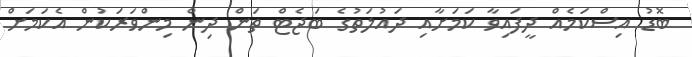
ބޮޑު އިސްކަމެއް ދީފައިވާ ކަމަށާއި ދައުލަތުގެ ބަޖެޓް ތަން ދިން މިންވަރަކުން އެކަމަށް